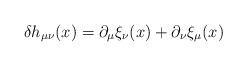
LaTeX: \begin{align*}\delta h_{\mu\nu}(x)=\partial_{\mu}\xi_{\nu}(x)+\partial_{\nu}\xi_{\mu}(x)\end{align*}